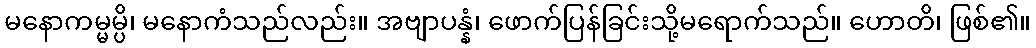
မနောကမ္မမ္ပိ၊ မနောကံသည်လည်း။ အဗျာပန္နံ၊ ဖောက်ပြန်ခြင်းသို့မရောက်သည်။ ဟောတိ၊ ဖြစ်၏။